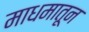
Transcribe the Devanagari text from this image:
माधमातून